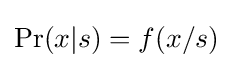
\mathrm {Pr} (x|s)=f(x/s)